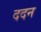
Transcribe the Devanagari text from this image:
ददन